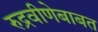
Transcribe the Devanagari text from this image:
रुद्रवीणेबाबत